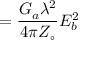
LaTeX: = \displaystyle { { \frac { G _ { a } \lambda ^ { 2 } } { 4 \pi Z _ { \circ } } } E _ { b } ^ { 2 } }